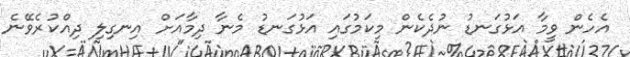
އެހެން ވީމާ އަޅުގަނޑު ނުދެކެން މިކަމުގައި އަޅުގަނޑު މެނާ ދިމާއަށް އިނގިލި ދިއްކުރެވޭނެ